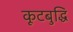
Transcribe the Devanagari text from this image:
कूटबुद्धि